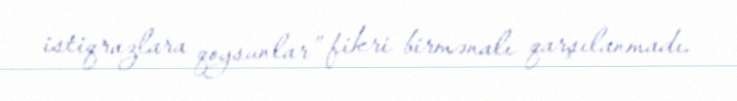
istiqrazlara qoysunlar” fikri birmənalı qarşılanmadı.